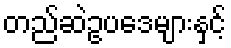
တည်ဆဲဥပဒေများနှင့်